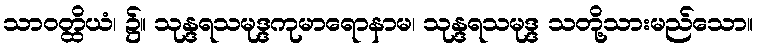
သာဝတ္ထိယံ၊ ၌။ သုန္ဒရသမုဒ္ဒကုမာရောနာမ၊ သုန္ဒရသမုဒ္ဒ သတို့သားမည်သော။